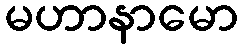
မဟာနာမော